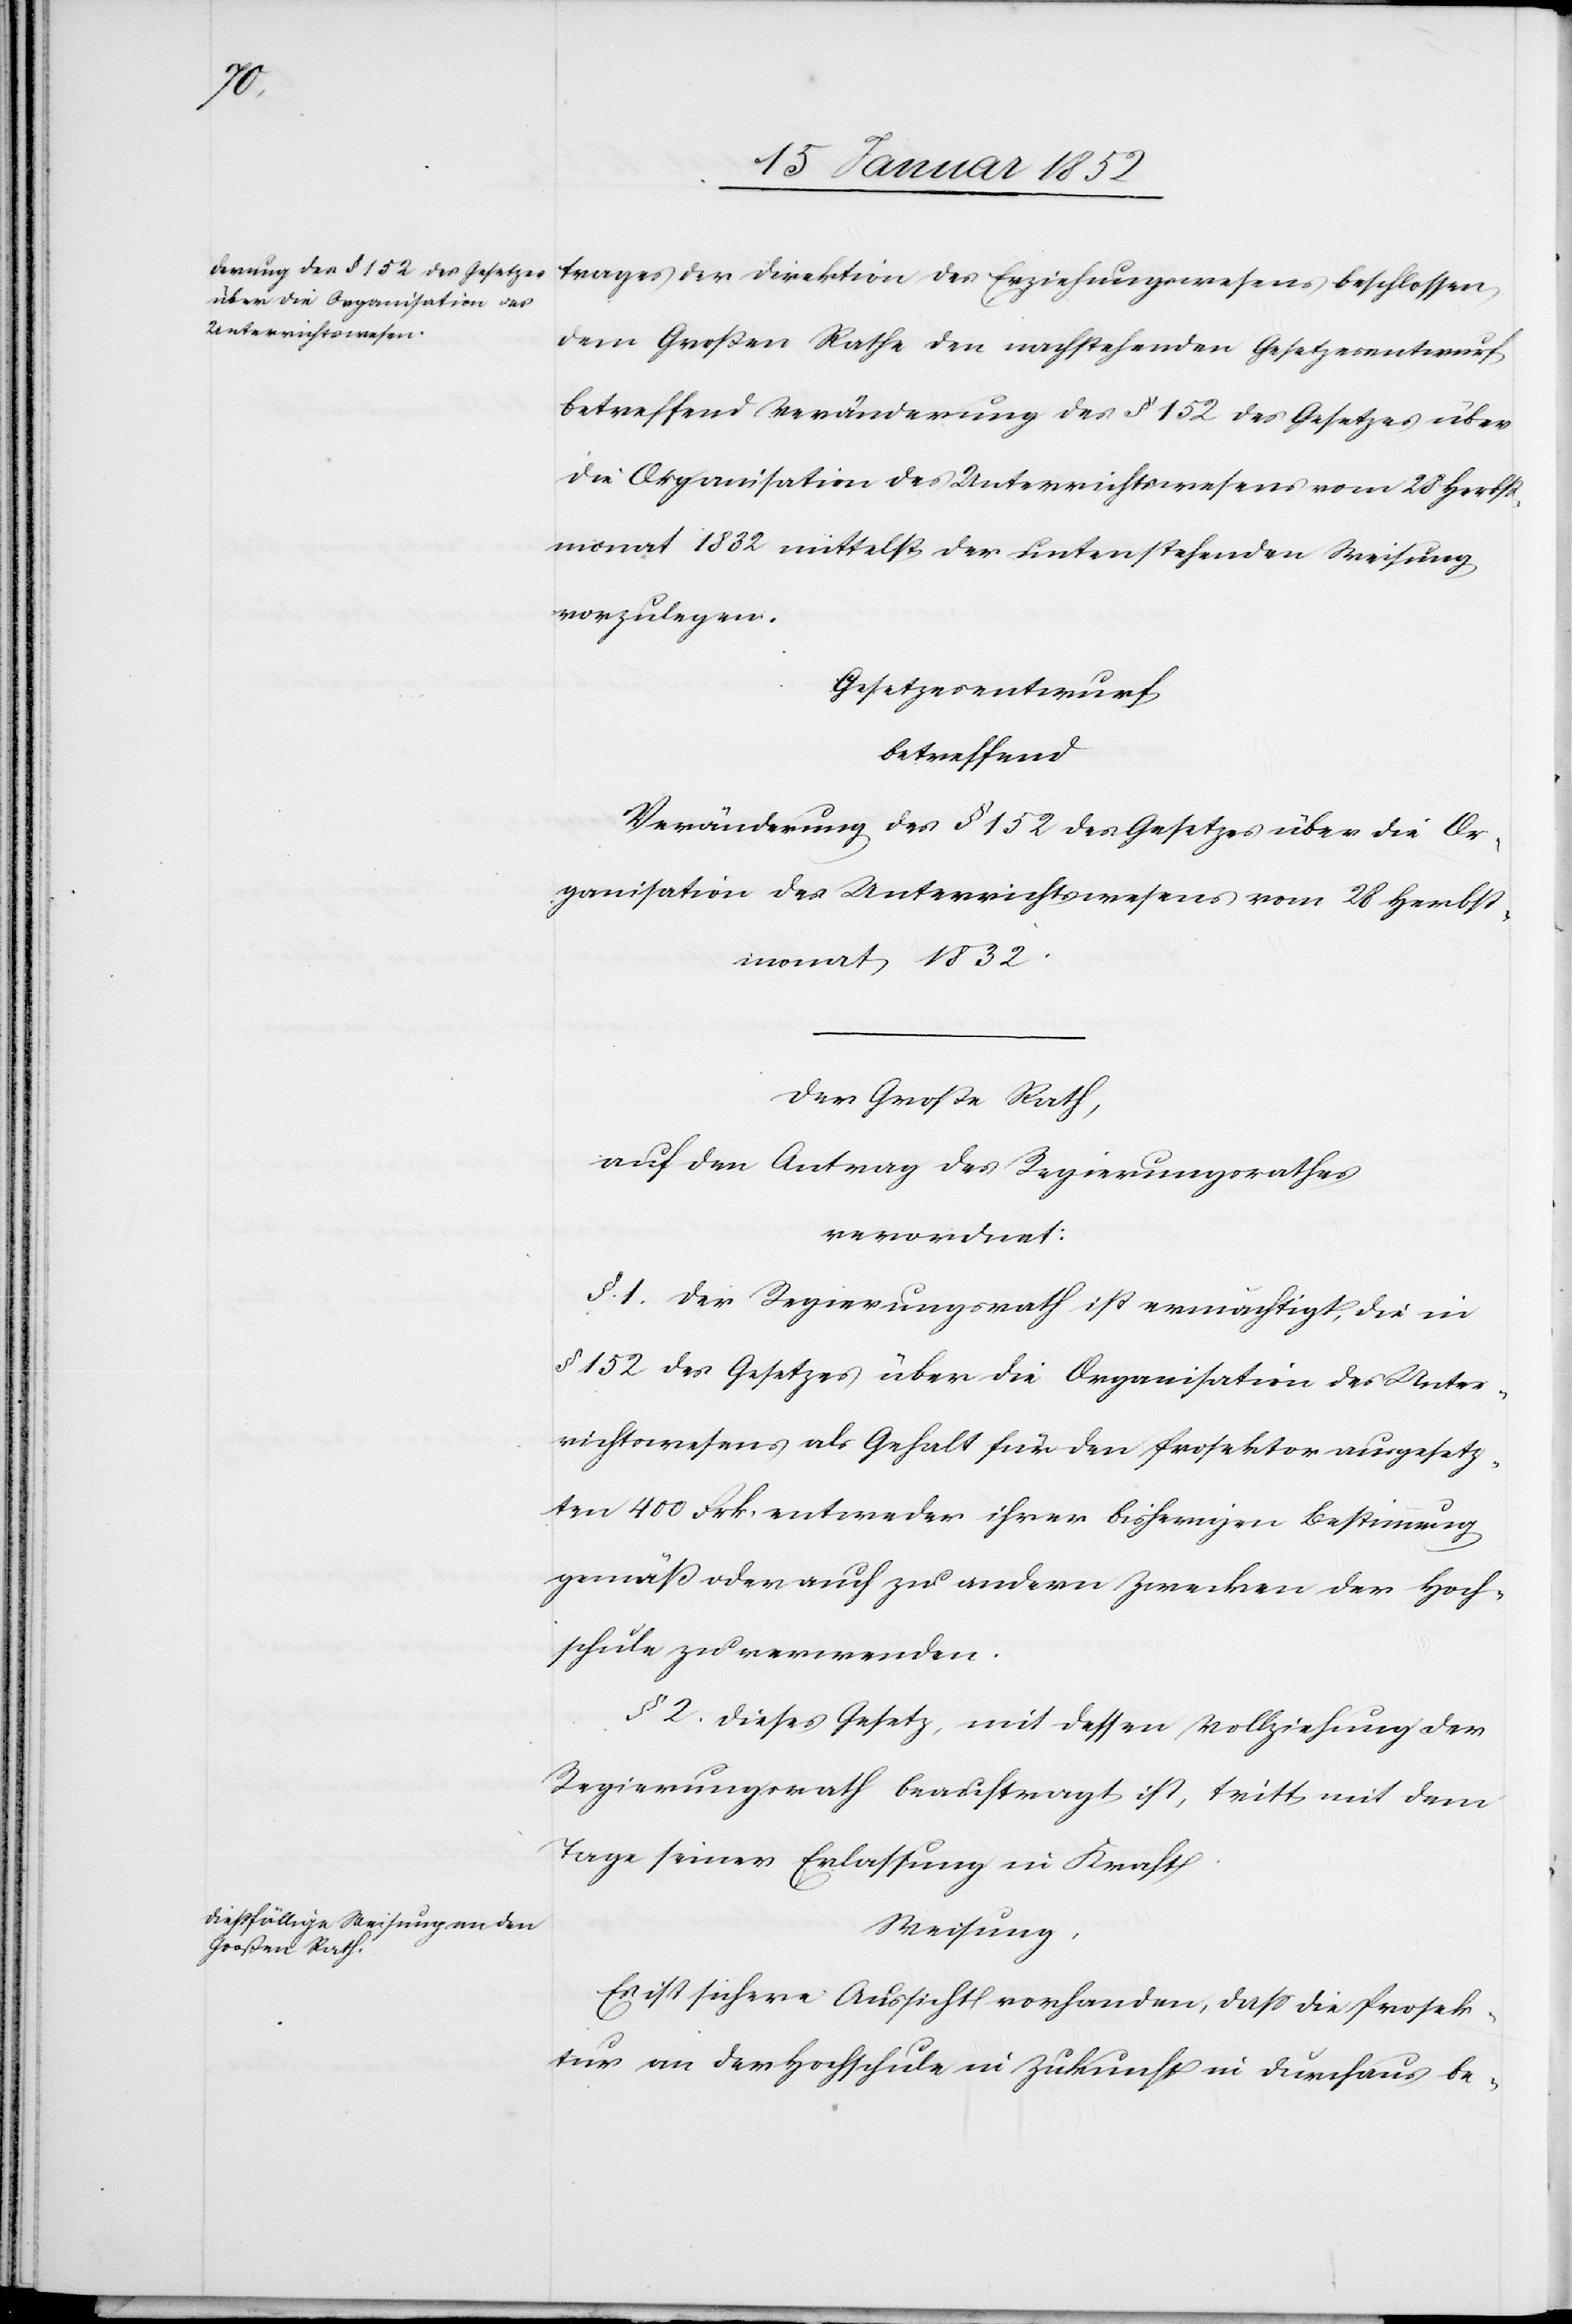
trages der Direktion des Erziehungswesens beschlossen
dem Großen Rathe den nachstehenden Gesetzesentwurf
betreffend Veränderung des § 152 des Gesetzes über
die Organisation des Unterrichtswesens vom 28 Herbst¬
monat 1832 mittelst der untenstehenden Weisung
vorzulegen.
Gesetzesentwurf
betreffend
Veränderung des § 152 des Gesetzes über die Or¬
ganisation des Unterrichtswesens vom 28 Herbst¬
monath 1832.
Der Große Rath,
auf den Antrag des Regierungsrathes
verordnet:
§. 1. Der Regierungsrath ist ermächtigt, die in
§ 152 des Gesetzes über die Organisation des Unter¬
richtswesens als Gehalt für den Prosektor ausgesetz¬
ten 400 Frk. entweder ihrer bisherigen Bestimmung
gemäß oder auch zu andern Zwecken der Hoch¬
schule zu verwenden.
§. 2. Dieses Gesetz, mit dessen Vollziehung der
Regierungsrath beauftragt ist, tritt mit dem
Tage seiner Erlassung in Kraft.
Weisung.
Es ist sichere Aussicht vorhanden, daß die Prosek¬
tur an der Hochschule in Zukunft in durchaus be-